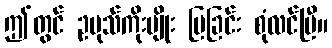
ဤတွင် ဥပုသ်ကိုးမျိုး ပြခြင်း စုံလင်ပြီ။